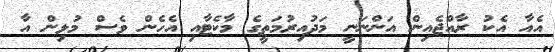
އެއާ އެކު ރާއްޖެއިން އަންނަނީ މަދުއިރުމަތީގެ މާކެޓާއި އެހެން ވެސް މުޅިން އާ